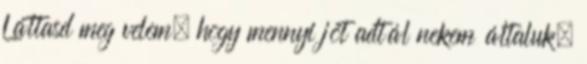
Láttasd meg velem, hogy mennyi jót adtál nekem általuk.